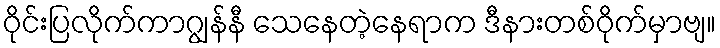
ဝိုင်းပြလိုက်ကာဂျွန်နီ သေနေတဲ့နေရာက ဒီနားတစ်ဝိုက်မှာဗျ။